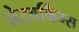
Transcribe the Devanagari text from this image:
नेटवर्किंग्स